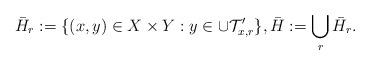
LaTeX: \begin{align*}\bar{H}_{r} := \{(x,y) \in X \times Y : y \in \cup \mathcal{T}_{x,r}'\}, \bar{H} := \bigcup_{r} \bar{H}_{r}.\end{align*}